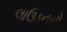
લાઉડનનો